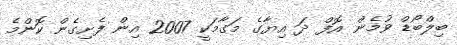
ބިލްބޯޑް ވުމެން އޮފް ދަ އިޔާގެ މަގާމަކީ 2007 އިން ފެށިގެން ކޮންމެ